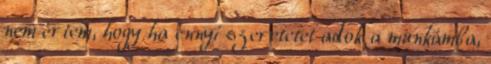
nem értem, hogy ha ennyi szeretetet adok a munkámba,